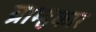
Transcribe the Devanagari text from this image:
ब्राम्हकार